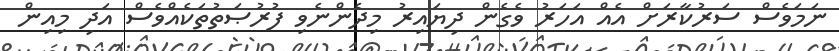
ނަމަވެސް ސަރުކާރަށް އެއް އަހަރު ވެގެން ދިޔައިރު މިދެންނެވި ފުރުޞަތުތަކެއްވެސް އަދި މިއިން